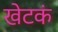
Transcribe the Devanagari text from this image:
खेटकं